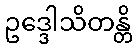
ဥဒ္ဒေါသိတန္တိ